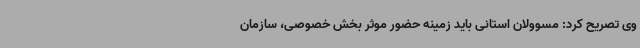
وی تصریح کرد:‌ مسوولان استانی باید زمینه حضور موثر بخش خصوصی، سازمان